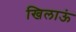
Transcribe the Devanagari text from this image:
खिलाऊं